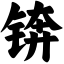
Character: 锛